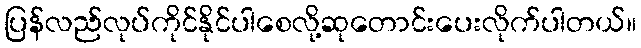
ပြန်လည်လုပ်ကိုင်နိုင်ပါစေလို့ဆုတောင်းပေးလိုက်ပါတယ်။